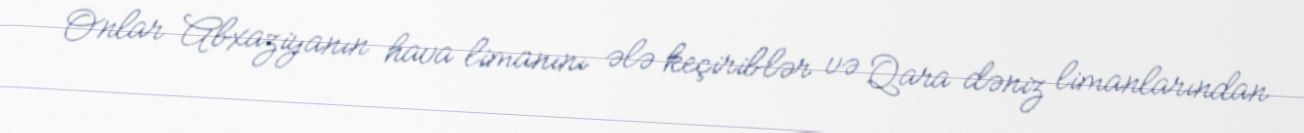
Onlar Abxaziyanın hava limanını ələ keçiriblər və Qara dəniz limanlarından